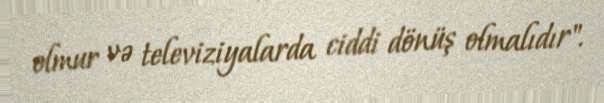
olmur və televiziyalarda ciddi dönüş olmalıdır".